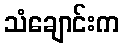
သံချောင်းက